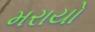
મરાયો